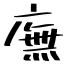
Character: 廡